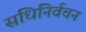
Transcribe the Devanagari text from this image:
संधिनिर्वचन